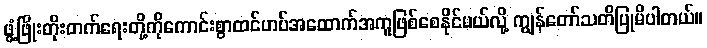
ဖွံ့ဖြိုးတိုးတက်ရေးတို့ကိုကောင်းစွာထင်ဟပ်အထောက်အကူဖြစ်စေနိုင်မယ်လို့ ကျွန်တော်သတိပြုမိပါတယ်။